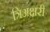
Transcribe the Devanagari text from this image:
त्रिअक्षरी